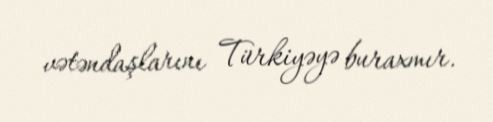
vətəndaşlarını Türkiyəyə buraxmır.